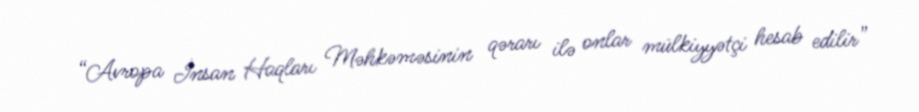
“Avropa İnsan Haqları Məhkəməsinin qərarı ilə onlar mülkiyyətçi hesab edilir”